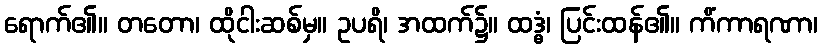
ရောက်၏။ တတော၊ ထိုငါးဆစ်မှ။ ဥပရိ၊ အထက်၌။ ထဒ္ဓံ၊ ပြင်းထန်၏။ ကိံကာရဏာ၊